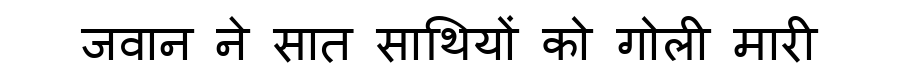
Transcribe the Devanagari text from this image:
जवान ने सात साथियों को गोली मारी